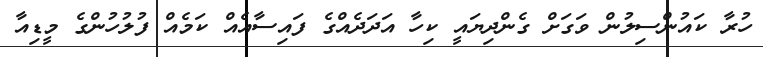
ހުރާ ކައުންސިލުން ވަގަށް ގެންދިޔައީ ކިހާ އަދަދެއްގެ ފައިސާއެއް ކަމެއް ފުލުހުންގެ މީޑިއާ